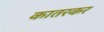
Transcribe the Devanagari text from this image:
कातरकर